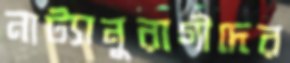
নাট্যানুরাগীদের